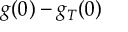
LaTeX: g ( 0 ) - g _ { T } ( 0 )